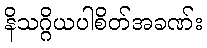
နိသဂ္ဂိယပါစိတ်အခဏ်း